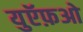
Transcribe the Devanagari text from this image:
युऍफ़ओ